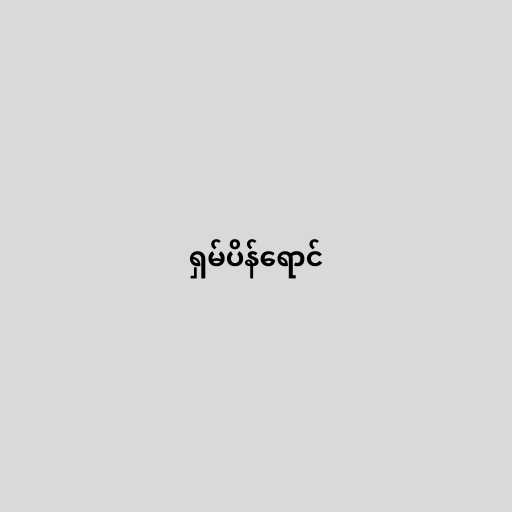
ရှမ်ပိန်ရောင်